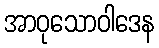
အာဝုသောဝါဒေန